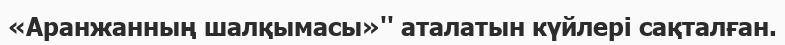
«Аранжанның шалқымасы»'' аталатын күйлері сақталған.